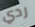
ردي